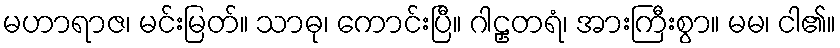
မဟာရာဇ၊ မင်းမြတ်။ သာဓု၊ ကောင်းပြီ။ ဂါဠှတရံ၊ အားကြီးစွာ။ မမ၊ ငါ၏။